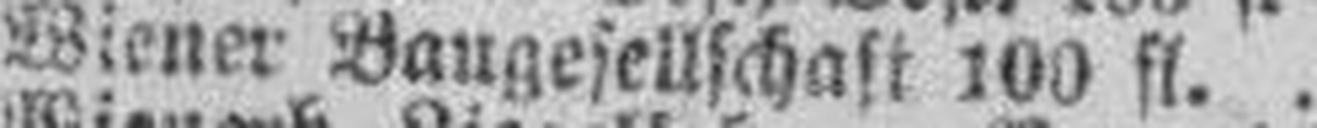
Wiener Baugesellschaft 100 fl.